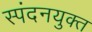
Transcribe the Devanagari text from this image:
स्पंदनयुक्त